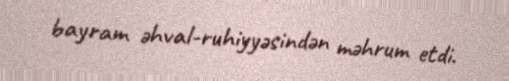
bayram əhval-ruhiyyəsindən məhrum etdi.